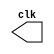
// `timescale 1s / 1s
module clock_gen(clk);
output reg clk ; 

initial
begin
clk = 0;
end

always
begin
#1 clk=~clk ;
//#1 clk =0 ; 
end

endmodule

///3125_10fs


module clock ();

wire clk;
clock_gen c (clk);
endmodule